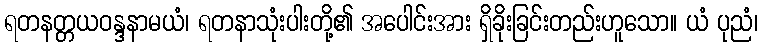
ရတနတ္တယဝန္ဒနာမယံ၊ ရတနာသုံးပါးတို့၏ အပေါင်းအား ရှိခိုးခြင်းတည်းဟူသော။ ယံ ပုညံ၊